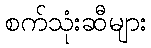
စက်သုံးဆီများ